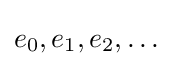
e_{0},e_{1},e_{2},\ldots